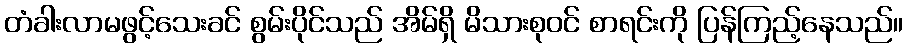
တံခါးလာမဖွင့်သေးခင် စွမ်းပိုင်သည် အိမ်ရှိ မိသားစုဝင် စာရင်းကို ပြန်ကြည့်နေသည်။